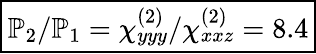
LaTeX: \boxed{\mathbb{P}_{2}/\mathbb{P}_{1}=\chi_{yyy}^{(2)}/\chi_{xxz}^{(2)}=8.4}